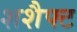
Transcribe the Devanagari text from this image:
शशैफ्ट